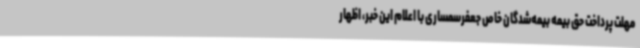
مهلت پرداخت حق بیمه‌ بیمه‌شدگان خاص جعفرسمساری با اعلام این خبر، اظهار